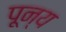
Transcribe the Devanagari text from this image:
पून्य